Annual report on the working of the mental hospitals in the Madras Presidency - 1912-1932
Year: 1912
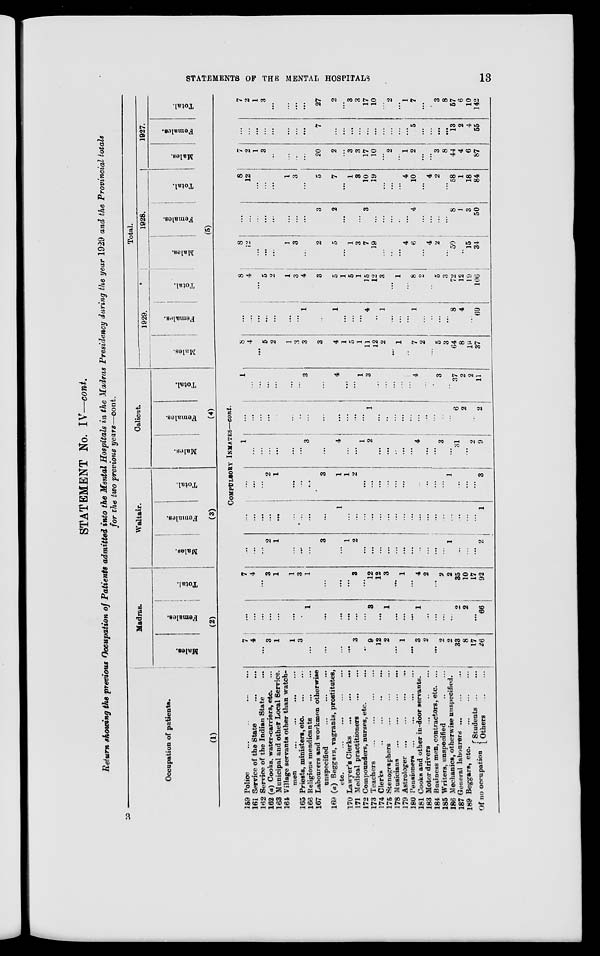
STATEMENTS OF THE MENTAL
HOSPITALS
13
STATEMENT No. IV—cont.
Return showing the previous Occupation of Patients admitted into the Mental Hospitals in the Madras Presidency during the year 1929 and the Provincial totals
for the two previous years—cont.
Occupation of patients.
(1)
Madras.
Males.
Females.
Total.
(2)
Waltair.
Males.
Females.
Total.
(3)
Calicut.
Males.
Females.
Total.
(4)
Total.
1929.
Males.
Females.
Total.
1928.
Males.
Females.
Total.
1927.
Males.
Females.
Total.
(5)
COMPULSORY INMATES—cont.
159 Police ... ... ... ...
161 Service of the State
...
...
162 Service of the Indian State
...
162 (a) Cooks, water-carriers, etc. ...
163 Municipal and other Local Service.
164 Village servants other than watch-
men
...
...
...
...
165 Priests, ministers, etc. ... ...
166 Religious mendicants ... ...
167 Labourers and workmen otherwise
unspecified ... ... ...
169 (a) Beggars, vagrants, prostitutes,
etc.
...
...
...
...
170 Lawyer's Clerks
...
...
...
171 Medical practitioners
...
...
172 Compounders, nurses, etc. ...
173 Teachers
...
...
...
...
174 Clerks
...
...
...
...
175 Stenographers
...
...
...
178 Musicians
...
...
...
...
179 Astrologer ... ... ... ...
180 Pensioners ... ... ... ...
181 Cooks and other in-door servants.
183 Motor drivers
...
...
...
184 Business men, contractors, etc. ...
185 Writers, unspecified
...
...
186 Mechanics, otherwise unspecified.
187 General
labourers
...
...
...
189 Beggars,
etc.
...
...
...
Of no occupation
Students
...
...
Others
...
...
7
4
...
3
1
1
3
...
...
...
...
3
...
9
12
2
...
1
...
3
2
...
2
2
33
8
17
26
...
...
...
...
...
...
...
1
...
...
...
...
...
3
...
1
...
...
....
1
...
...
...
...
2
2
...
66
7
4
...
3
1
1
3
1
...
...
...
3
...
12
12
3
...
1
...
4
2
...
2
2
35
10
17
92
...
...
...
2
1
...
...
...
3
...
1
2
...
...
...
...
...
...
...
...
...
...
...
1
...
...
...
2
...
...
...
...
...
...
...
...
...
1
...
...
...
...
...
...
...
...
...
...
...
...
...
...
...
...
...
1
...
...
...
2
1
...
...
...
3
1
1
2
...
...
...
...
...
...
...
...
...
...
...
1
...
...
...
3
1
...
...
...
...
...
...
3
...
4
...
...
1
2
...
...
...
...
...
4
...
...
3
...
31
...
2
9
...
...
...
...
...
...
...
...
...
...
...
...
...
1
...
...
...
...
...
...
...
...
...
...
6
2
...
2
1
...
...
...
...
...
...
3
...
4
...
...
1
3
...
...
...
...
...
4
...
...
3
...
37
2
2
11
8
4
...
5
2
1
3
3
3
4
1
5
1
11
12
2
...
1
...
7
2
...
5
3
64
8
19
37
...
...
...
...
...
...
...
1
...
1
...
...
...
4
...
1
...
...
...
1
...
...
...
...
8
4
...
69
8
4
...
5
2
1
3
4
3
5
1
5
1
15
12
3
...
1
...
8
2
...
5
3
72
12
19
106
8
12
...
...
...
1
3
...
2
5
...
1
3
7
19
...
...
...
4
6
...
4
2
...
...
...
15
34
...
...
...
...
...
...
...
...
3
2
...
...
...
3
...
...
...
...
...
4
...
...
...
...
8
1
3
50
8
12
...
...
...
1
3
...
5
7
...
1
3
10
19
...
...
...
4
10
...
4
2
...
58
1
18
84
7
2
1
3
...
...
...
...
20
2
...
3
3
17
10
...
2
...
1
2
...
...
3
8
44
4
6
87
...
...
...
...
...
...
...
...
7
...
...
...
...
...
...
...
...
...
...
5
...
...
...
...
13
2
4
55
7
2
1
3
...
...
...
...
27
2
...
3
3
17
10
...
2
...
1
7
...
...
3
8
57
6
10
142
3